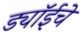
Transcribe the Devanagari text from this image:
ड्यॉईचे